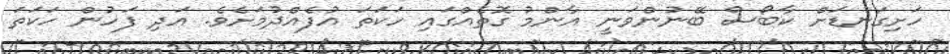
ހަށިގަނޑަށް ކާބޯސް ބޭނުންވަނީ އާންމު ގޮތެއްގައި ހަކަތަ އުފެއްދުމަށެވެ. އަދި ފަހުން ހަކަތަ